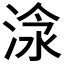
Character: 𣶗